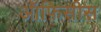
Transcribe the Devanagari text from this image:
ऑफ़िसीस